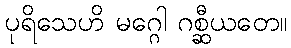
ပုရိသေဟိ မဂ္ဂေါ ဂစ္ဆီယတေ။